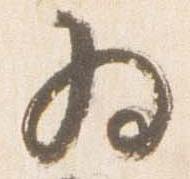
為